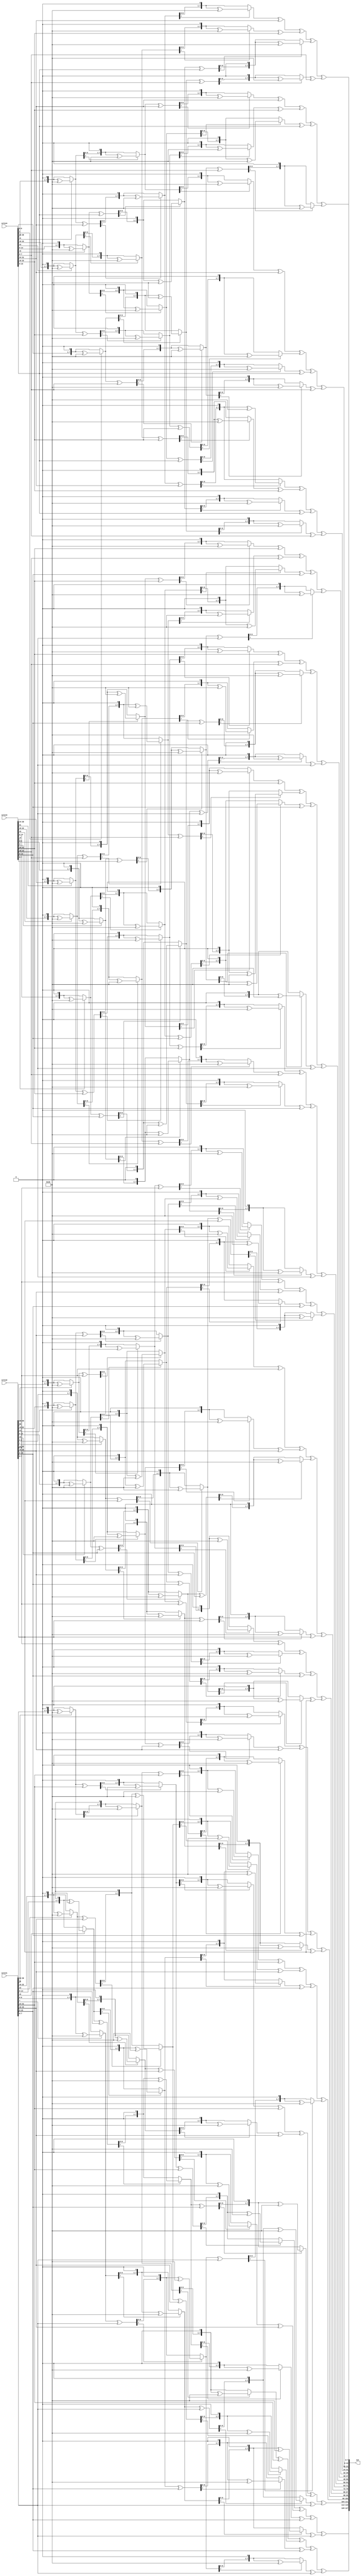
module InvMixCols(
    input [31:0] colin1,
    input [31:0] colin2,
    input [31:0] colin3,
    input [31:0] colin4,
    output [127:0] out
);

reg [31:0] colout1, colout2, colout3, colout4;

function automatic [7:0] mul2 (input [7:0] a);
    begin
        mul2 = (a[7]) ? (({a[6:0],1'b0})^(8'b00011011)) : ({a[6:0],1'b0});
    end
endfunction

function automatic [7:0] mul (input [7:0] a, input [1:0] sel);   
    begin
        case(sel)
        2'b00: mul = mul2(mul2(mul2(a)))^a;          //x09
        2'b01: mul = mul2(mul2(mul2(a))^a)^a;        //x0B
        2'b10: mul = mul2(mul2(mul2(a)^a))^a;        //x0D
        2'b11: mul = mul2(mul2(mul2(a)^a)^a);        //x0E
        endcase
    end
endfunction

always @(*)
begin
    colout1[31:24] = mul(colin1[31:24],2'b11)^mul(colin1[23:16],2'b01)^mul(colin1[15:8],2'b10)^mul(colin1[7:0],2'b00);
    colout2[31:24] = mul(colin2[31:24],2'b11)^mul(colin2[23:16],2'b01)^mul(colin2[15:8],2'b10)^mul(colin2[7:0],2'b00);
    colout3[31:24] = mul(colin3[31:24],2'b11)^mul(colin3[23:16],2'b01)^mul(colin3[15:8],2'b10)^mul(colin3[7:0],2'b00);
    colout4[31:24] = mul(colin4[31:24],2'b11)^mul(colin4[23:16],2'b01)^mul(colin4[15:8],2'b10)^mul(colin4[7:0],2'b00);

    colout1[23:16] = mul(colin1[31:24],2'b00)^mul(colin1[23:16],2'b11)^mul(colin1[15:8],2'b01)^mul(colin1[7:0],2'b10);
    colout2[23:16] = mul(colin2[31:24],2'b00)^mul(colin2[23:16],2'b11)^mul(colin2[15:8],2'b01)^mul(colin2[7:0],2'b10);
    colout3[23:16] = mul(colin3[31:24],2'b00)^mul(colin3[23:16],2'b11)^mul(colin3[15:8],2'b01)^mul(colin3[7:0],2'b10);
    colout4[23:16] = mul(colin4[31:24],2'b00)^mul(colin4[23:16],2'b11)^mul(colin4[15:8],2'b01)^mul(colin4[7:0],2'b10);

    colout1[15:8] = mul(colin1[31:24],2'b10)^mul(colin1[23:16],2'b00)^mul(colin1[15:8],2'b11)^mul(colin1[7:0],2'b01);
    colout2[15:8] = mul(colin2[31:24],2'b10)^mul(colin2[23:16],2'b00)^mul(colin2[15:8],2'b11)^mul(colin2[7:0],2'b01);
    colout3[15:8] = mul(colin3[31:24],2'b10)^mul(colin3[23:16],2'b00)^mul(colin3[15:8],2'b11)^mul(colin3[7:0],2'b01);
    colout4[15:8] = mul(colin4[31:24],2'b10)^mul(colin4[23:16],2'b00)^mul(colin4[15:8],2'b11)^mul(colin4[7:0],2'b01);

    colout1[7:0] = mul(colin1[31:24],2'b01)^mul(colin1[23:16],2'b10)^mul(colin1[15:8],2'b00)^mul(colin1[7:0],2'b11);
    colout2[7:0] = mul(colin2[31:24],2'b01)^mul(colin2[23:16],2'b10)^mul(colin2[15:8],2'b00)^mul(colin2[7:0],2'b11);
    colout3[7:0] = mul(colin3[31:24],2'b01)^mul(colin3[23:16],2'b10)^mul(colin3[15:8],2'b00)^mul(colin3[7:0],2'b11);
    colout4[7:0] = mul(colin4[31:24],2'b01)^mul(colin4[23:16],2'b10)^mul(colin4[15:8],2'b00)^mul(colin4[7:0],2'b11);
end

assign out = {colout1, colout2, colout3, colout4};

endmodule